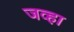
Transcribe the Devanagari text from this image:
जव्हा